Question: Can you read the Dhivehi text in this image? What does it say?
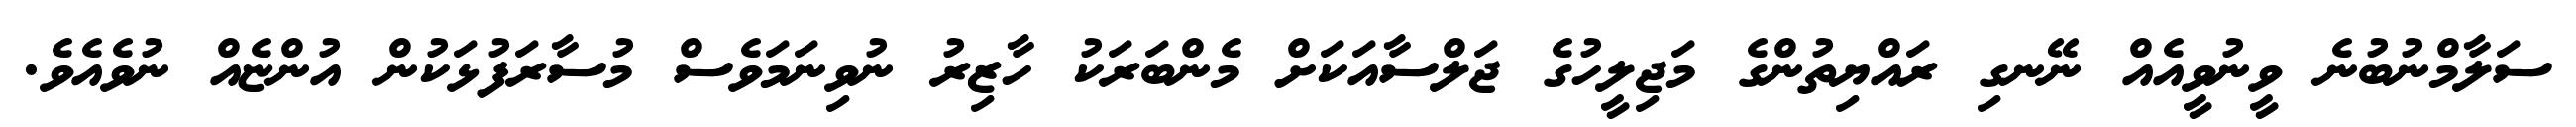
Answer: ސަލާމްނުބުނެ ވީނުވީއެއް ނޭނގި ރައްޔިތުންގެ މަޖިލީހުގެ ޖަލްސާއަކަށް މެންބަރަކު ހާޒިރު ނުވިނަމަވެސް މުސާރަފުޅަކުން އުންޏެއް ނުވެއެވެ.